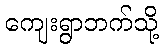
ကျေးရွာဘက်သို့